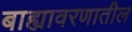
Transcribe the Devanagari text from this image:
बाह्यावरणातील